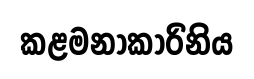
කළමනාකාරිනිය